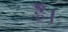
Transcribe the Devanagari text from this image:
हैैँँ।